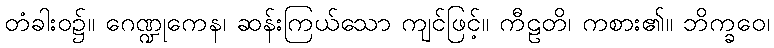
တံခါးဝ၌။ ဂေဏ္ဍုကေန၊ ဆန်းကြယ်သော ကျင်ဖြင့်။ ကီဠတိ၊ ကစား၏။ ဘိက္ခဝေ၊